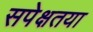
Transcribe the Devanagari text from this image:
सपेक्षतया